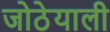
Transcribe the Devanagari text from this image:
जोठेयाली